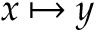
x \mapsto y